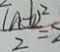
\frac { ( a - b ) ^ { 2 } } { 2 } = 2